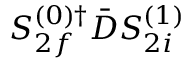
S _ { 2 f } ^ { ( 0 ) \dagger } \bar { D } S _ { 2 i } ^ { ( 1 ) }